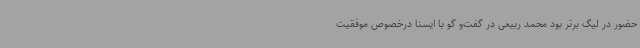
حضور در لیگ برتر بود محمد ربیعی در گفت‌و گو با ایسنا درخصوص موفقیت